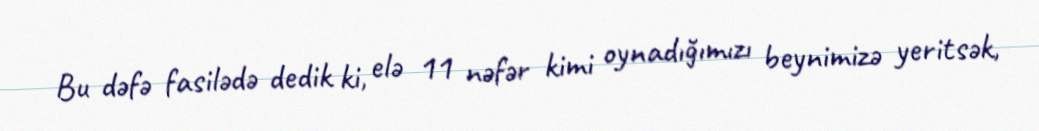
Bu dəfə fasilədə dedik ki, elə 11 nəfər kimi oynadığımızı beynimizə yeritsək,